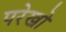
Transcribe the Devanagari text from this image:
परेखो